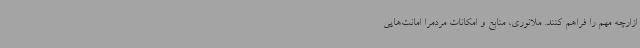
ازارچه مهم را فراهم کنند. ملانوری، منابع و امکانات مردمرا امانت‌هایی